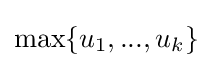
\max\{u_{1},...,u_{k}\}